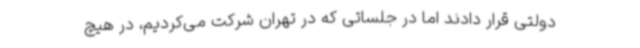
دولتی قرار دادند اما در جلساتی که در تهران شرکت می‌کردیم، در هیچ